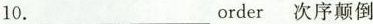
10. ___ ___ order 次序颠倒